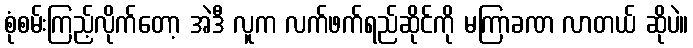
စုံစမ်းကြည့်လိုက်တော့ အဲဒီ လူက လက်ဖက်ရည်ဆိုင်ကို မကြာခဏ လာတယ် ဆိုပဲ။